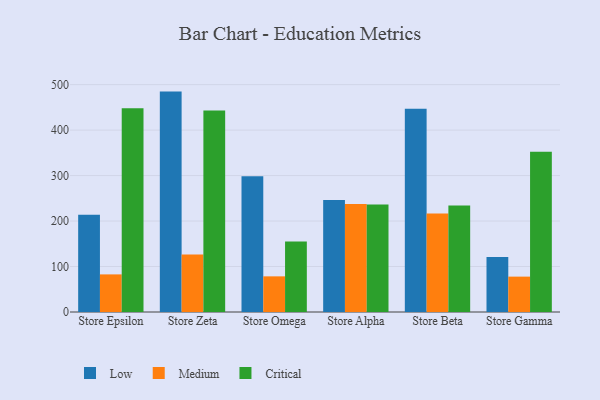
{"axis": {"x": "Store", "y": "Active Users"}, "legend": ["Critical", "Low", "Medium"], "data": [{"x": "Store Epsilon", "y": 213.7, "type": "Low"}, {"x": "Store Epsilon", "y": 82.7, "type": "Medium"}, {"x": "Store Epsilon", "y": 447.9, "type": "Critical"}, {"x": "Store Zeta", "y": 484.7, "type": "Low"}, {"x": "Store Zeta", "y": 126.6, "type": "Medium"}, {"x": "Store Zeta", "y": 443.1, "type": "Critical"}, {"x": "Store Omega", "y": 298.6, "type": "Low"}, {"x": "Store Omega", "y": 78.4, "type": "Medium"}, {"x": "Store Omega", "y": 155.1, "type": "Critical"}, {"x": "Store Alpha", "y": 246.3, "type": "Low"}, {"x": "Store Alpha", "y": 237.5, "type": "Medium"}, {"x": "Store Alpha", "y": 236.2, "type": "Critical"}, {"x": "Store Beta", "y": 447.0, "type": "Low"}, {"x": "Store Beta", "y": 216.6, "type": "Medium"}, {"x": "Store Beta", "y": 234.3, "type": "Critical"}, {"x": "Store Gamma", "y": 121.2, "type": "Low"}, {"x": "Store Gamma", "y": 77.8, "type": "Medium"}, {"x": "Store Gamma", "y": 352.6, "type": "Critical"}]}